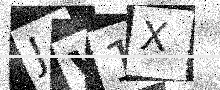
Text: JW1X